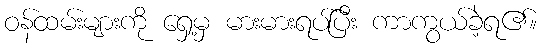
ဝန်ထမ်းများကို ရှေ့မှ မားမားရပ်ပြီး ကာကွယ်ခဲ့ရ၏။